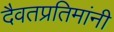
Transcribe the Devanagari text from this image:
दैवतप्रतिमांनी